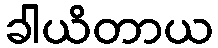
ခါယိတာယ